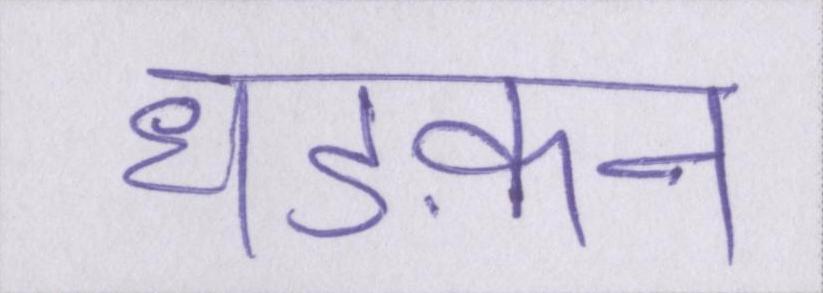
धड़कन